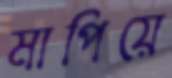
মাপিয়ে